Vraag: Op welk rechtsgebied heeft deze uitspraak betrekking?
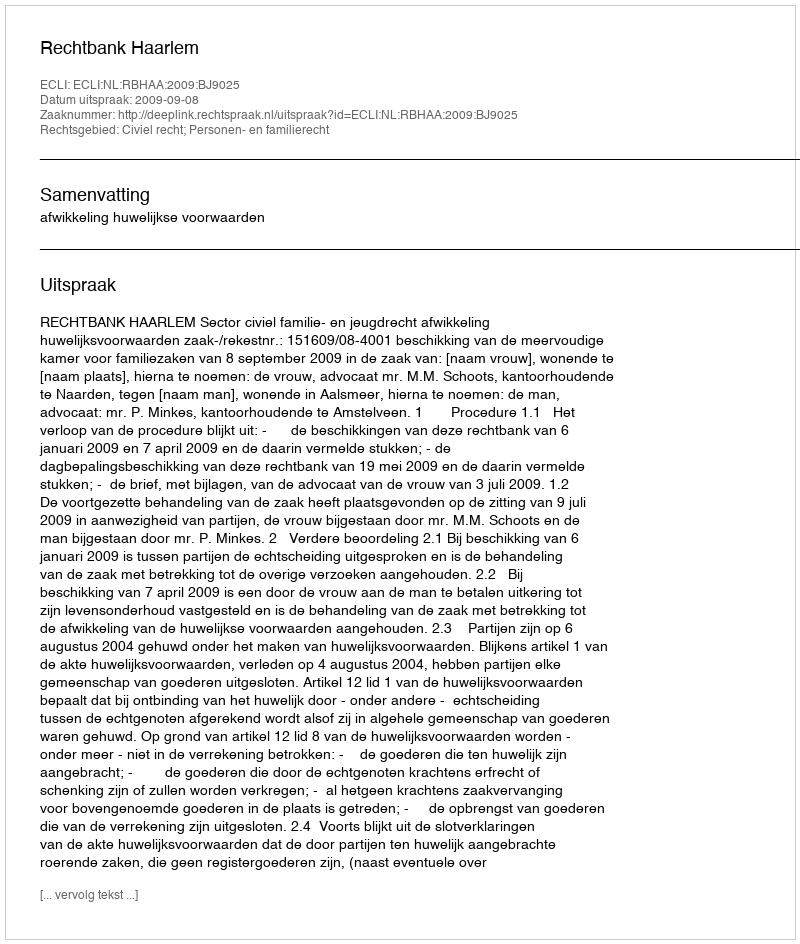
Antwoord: Civiel recht; Personen- en familierecht